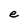
Character: e